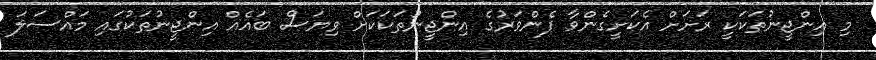
މި އިންޖީނުތަކަކީ ރަށަށް އެކަށީގެންވާ ފެންވަރުގެ އިންޖީނުތަކަކަށް ވިޔަސް ބައެއް އިންޖީނުތަކުގައި މައްސަލަ